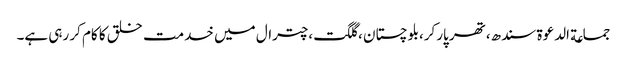
جماعة الدعوة سندھ،تھر پارکر،بلوچستان ،گلگت،چترال میں خدمت خلق کا کام کر رہی ہے۔